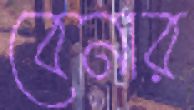
বেনার